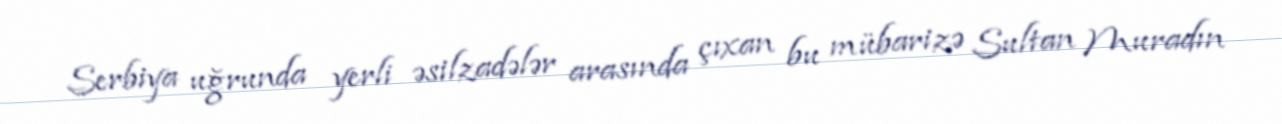
Serbiya uğrunda yerli əsilzadələr arasında çıxan bu mübarizə Sultan Muradın